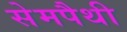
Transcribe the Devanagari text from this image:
सेमपैथी